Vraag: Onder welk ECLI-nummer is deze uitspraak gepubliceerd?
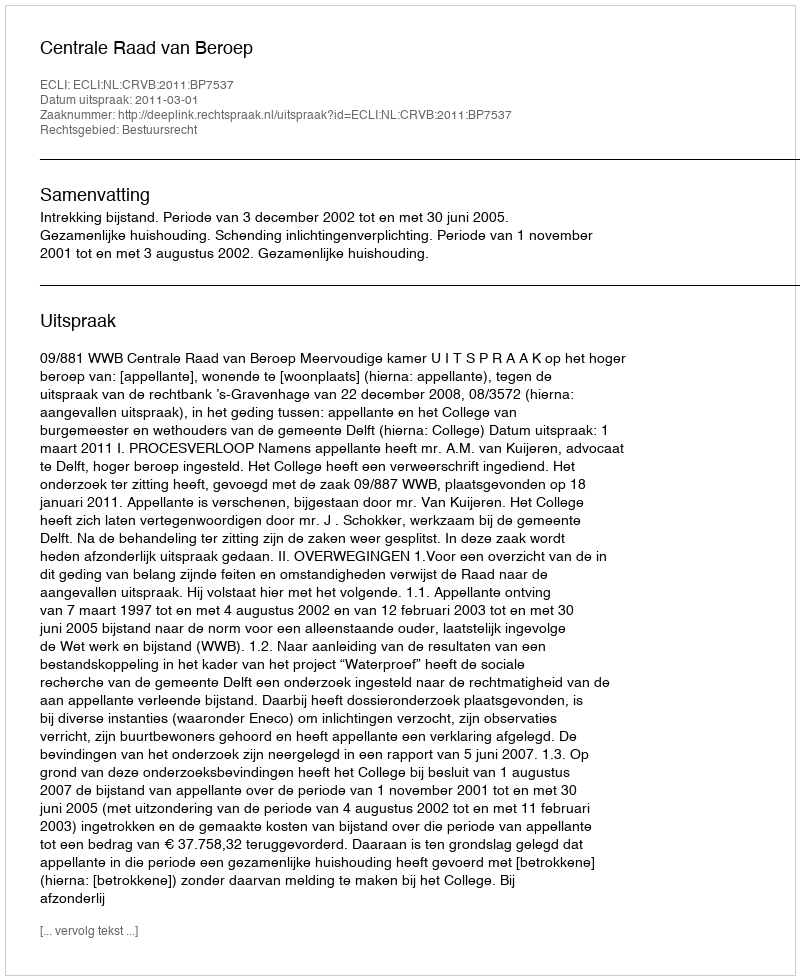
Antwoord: ECLI:NL:CRVB:2011:BP7537